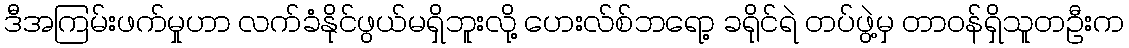
ဒီအကြမ်းဖက်မှုဟာ လက်ခံနိုင်ဖွယ်မရှိဘူးလို့ ဟေးလ်စ်ဘရော့ ခရိုင်ရဲ တပ်ဖွဲ့မှ တာဝန်ရှိသူတဦးက